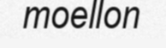
moellon